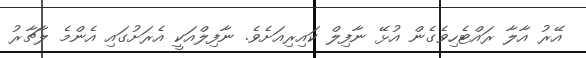
އޭރު އާލާ ރައްޓެހިވެގެން އުޅޭ ނާފިލް ކައިރިއަށެވެ. ނާފިލްއަކީ އެރަށުގައި އެންމެ ލާޗާރު